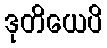
ဒုတိယေပိ